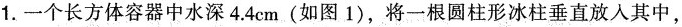
1.一个长方体容器中水深4.4cm(如图1)，将一根圆柱形冰柱垂直放入其中，